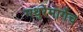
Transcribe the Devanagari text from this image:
मथुरेमार्गेच